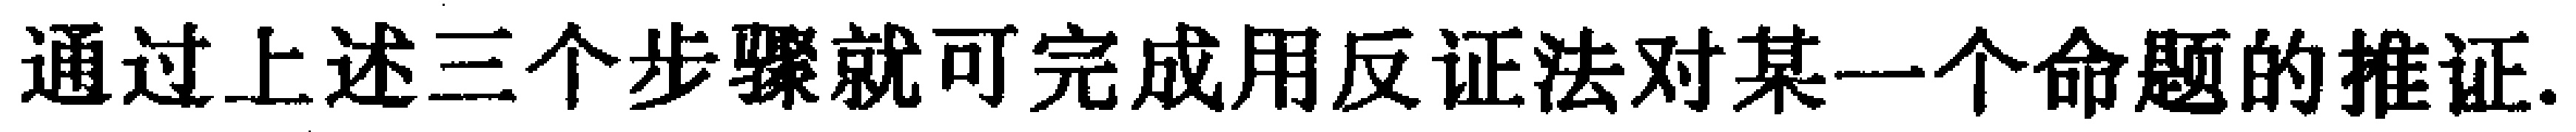
通过上述三个步骤就可完成用反证法对某一个命题的推证.